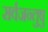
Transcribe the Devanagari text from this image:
सर्वजन्तुषु